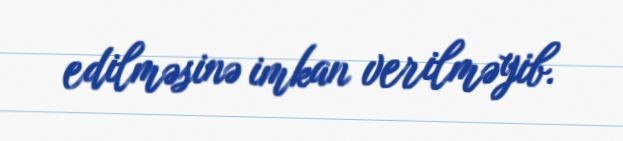
edilməsinə imkan verilməyib.